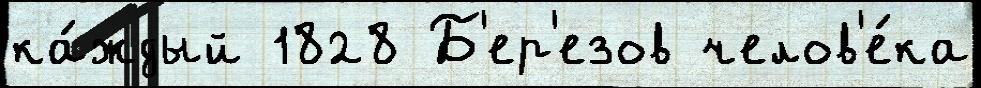
ка́ждый 1828 Б'ер'езов челов'е́ка